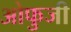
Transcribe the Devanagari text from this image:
ओफुजी